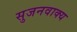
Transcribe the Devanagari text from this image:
सुजनवाक्य